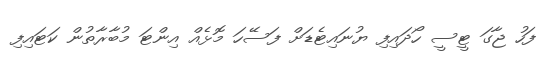
ފަހު ޖާގަ ޓީސީ ހޯދައިފި ޔުނައިޓެޑަށް ފަސޭހަ މޮޅެއް އިންޓަ މުބާރާތުން ކަޓައިފި